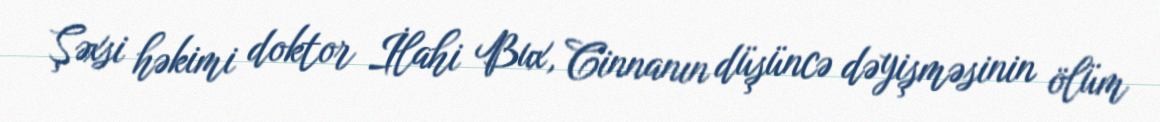
Şəxsi həkimi doktor İlahi Bux, Cinnanın düşüncə dəyişməsinin ölüm